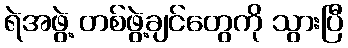
ရဲအဖွဲ့ တစ်ဖွဲ့ချင်တွေကို သွားပြီ